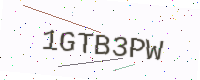
Text: 1GTB3PW